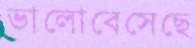
ভালোবেসেছে